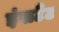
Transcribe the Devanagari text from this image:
इंसटैंट